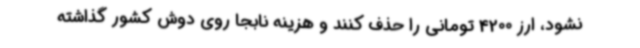
نشود، ارز 4200 تومانی را حذف کنند و هزینه نابجا روی دوش کشور گذاشته